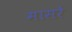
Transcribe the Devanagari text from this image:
मासरे